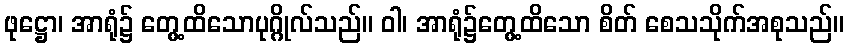
ဖုဋ္ဌော၊ အာရုံ၌ တွေ့ထိသောပုဂ္ဂိုလ်သည်။ ဝါ၊ အာရုံ၌တွေ့ထိသော စိတ် စေသသိုက်အစုသည်။